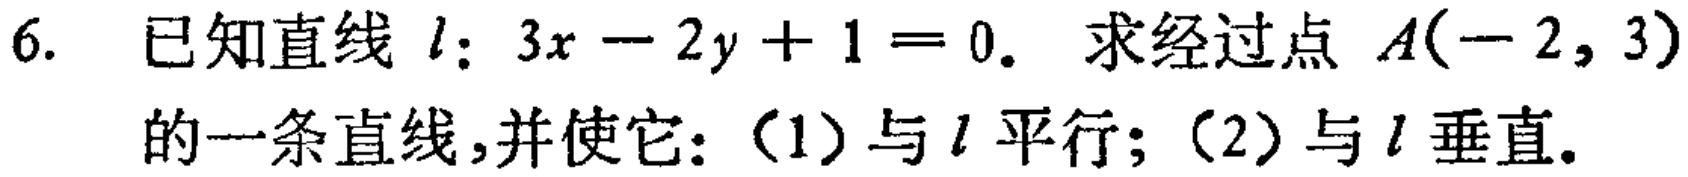
6. 已知直线 \(l:3x - 2y + 1 = 0\). 求经过点 \(A(-2,3)\)的一条直线,并使它：（1）与 \(l\) 平行；（2）与 \(l\) 垂直。